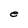
Character: e